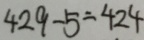
4 2 9 - 5 = 4 2 4